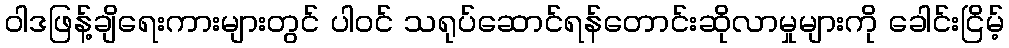
ဝါဒဖြန့်ချိရေးကားများတွင် ပါဝင် သရုပ်ဆောင်ရန်တောင်းဆိုလာမှုများကို ခေါင်းငြိမ့်